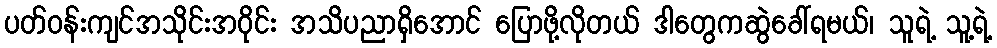
ပတ်ဝန်းကျင်အသိုင်းအဝိုင်း အသိပညာရှိအောင် ပြောဖို့လိုတယ် ဒါတွေကဆွဲခေါ်ရမယ်၊ သူရဲ့ သူ့ရဲ့